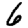
Digit: 6